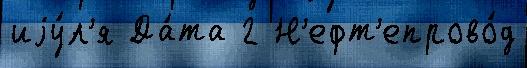
иjу́л'я Да́та 2 Н'ефт'епрово́д